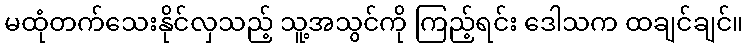
မထုံတက်သေးနိုင်လှသည့် သူ့အသွင်ကို ကြည့်ရင်း ဒေါသက ထချင်ချင်။